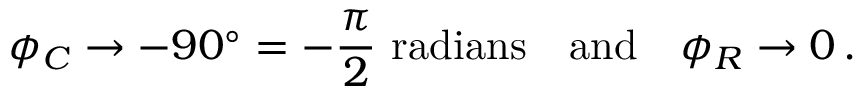
\phi _ { C } \to - 9 0 ^ { \circ } = - { \frac { \pi } { 2 } } { \mathrm { ~ r a d i a n s } } \quad { \mathrm { a n d } } \quad \phi _ { R } \to 0 \, .